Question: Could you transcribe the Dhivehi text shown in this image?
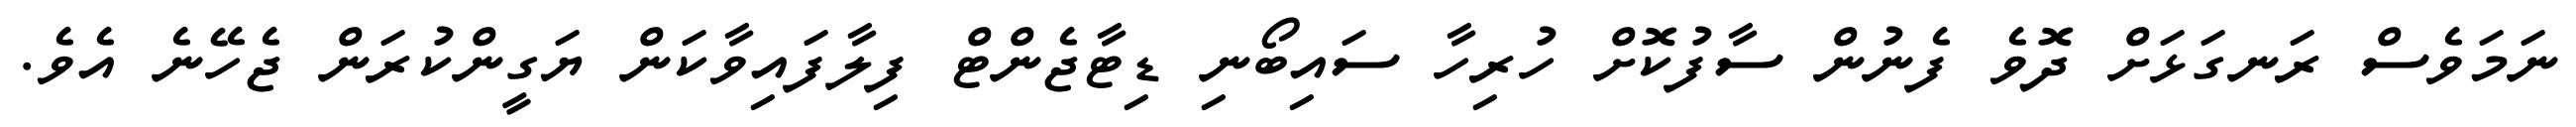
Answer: ނަމަވެސް ރަނގަޅަށް ދޮވެ ފެނުން ސާފުކޮށް ހުރިހާ ސައިބޯނި ޑިޓާޖެންޓް ފިލާފައިވާކަން ޔަގީންކުރަން ޖެހޭނެ އެވެ.